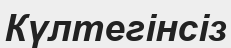
Күлтегінсіз